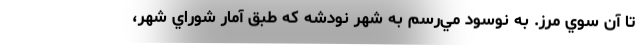
تا آن‌ سوي مرز. به نوسود مي‌رسم به شهر نودشه كه طبق آمار شوراي شهر،